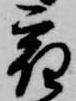
宿